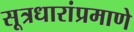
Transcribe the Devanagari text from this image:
सूत्रधारांप्रमाणे